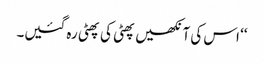
‘‘ اس کی آنکھیں پھٹی کی پھٹی رہ گئیں۔